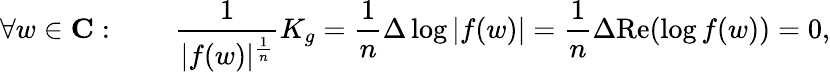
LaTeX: \forall w\in\mathbf{C}:\qquad{\frac{1}{|f(w)|^{\frac{1}{n}}}}K_{g}={\frac{1}{n}}\Delta\log|f(w)|={\frac{1}{n}}\Delta{\mathrm{Re}}(\log f(w))=0,